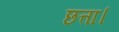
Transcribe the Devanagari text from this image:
छत्ता।